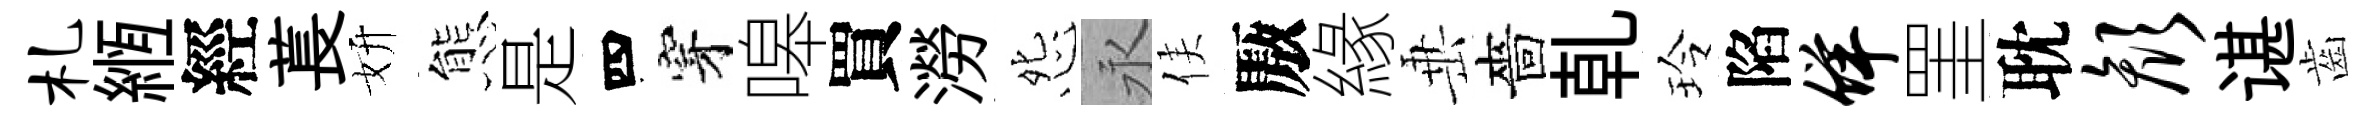
札縆經萇妍態是四穿嗥買澇怨永侯厫緣𡸁嗇乹玲陷佯罣耽颜谌齒